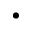
\cdot